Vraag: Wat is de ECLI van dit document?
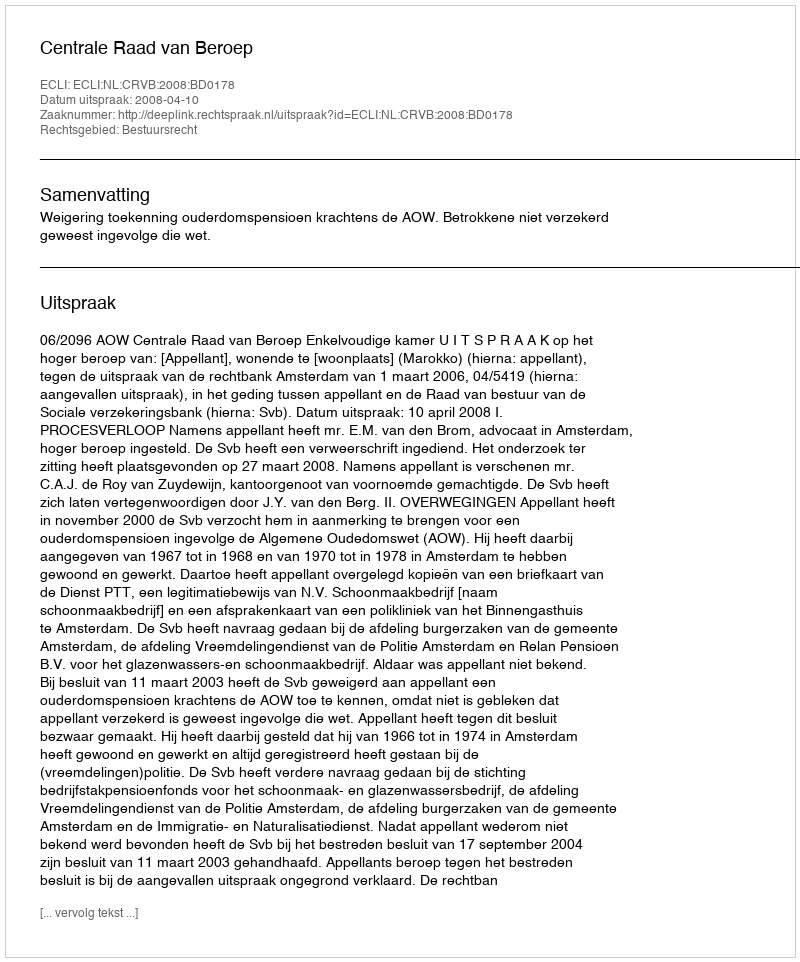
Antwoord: ECLI:NL:CRVB:2008:BD0178